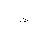
Letter: _dal